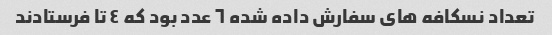
تعداد نسکافه هاى سفارش داده شده ٦ عدد بود که ٤ تا فرستادند